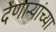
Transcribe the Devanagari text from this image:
देणाऱ्यांच्या